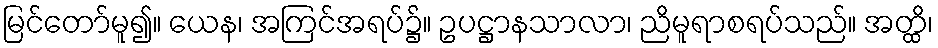
မြင်တော်မူ၍။ ယေန၊ အကြင်အရပ်၌။ ဥပဋ္ဌာနသာလာ၊ ညိမူရာစရပ်သည်။ အတ္ထိ၊